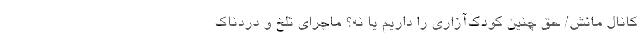
کانال مانش/ حق چنین کودک‌آزاری را داریم یا نه؟ ماجرای تلخ و دردناک